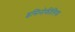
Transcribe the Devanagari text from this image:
इसिनोफीलिया